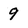
Character: 9